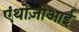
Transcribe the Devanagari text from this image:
एंथोज़ोआई